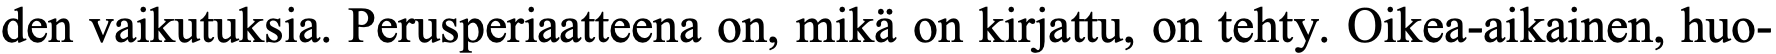
den vaikutuksia. Perusperiaatteena on, mikä on kirjattu, on tehty. Oikea-aikainen, huo-